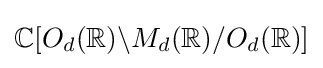
\mathbb {C} [O_{d}(\mathbb {R} )\backslash M_{d}(\mathbb {R} )/O_{d}(\mathbb {R} )]